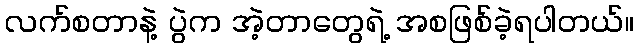
လက်စတာနဲ့ ပွဲက အဲ့တာတွေရဲ့ အစဖြစ်ခဲ့ရပါတယ်။